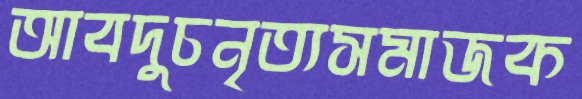
আবদুচনৃত্যসমাজক